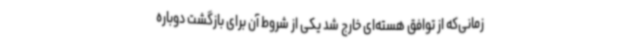
زمانی‌که از توافق هسته‌ای خارج شد یکی از شروط آن برای بازگشت دوباره